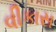
વીકાસ